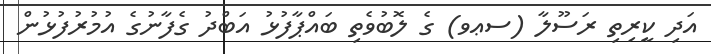
އަދި ކީރިތި ރަސޫލާ (ސޢވ) ގެ ލޮބުވެތި ބައްޕާފުޅު އަބްދު ގެފާނުގެ އުމުރުފުޅުން